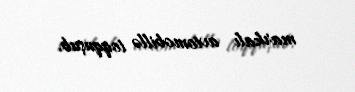
markalı avtomobillə toqquşub.